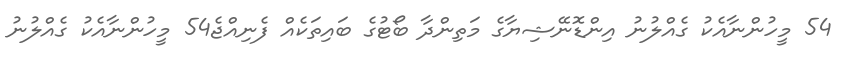
54 މީހުންނާއެކު ގެއްލުނު އިންޑޮނޭޝިޔާގެ މަތިންދާ ބޯޓުގެ ބައިތަކެއް ފެނިއްޖެ54 މީހުންނާއެކު ގެއްލުނު